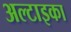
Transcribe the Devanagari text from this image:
अल्टाइका